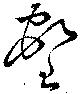
壑